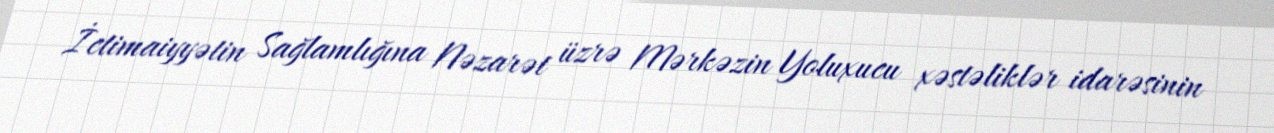
İctimaiyyətin Sağlamlığına Nəzarət üzrə Mərkəzin Yoluxucu xəstəliklər idarəsinin